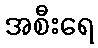
အစီးရေ